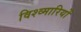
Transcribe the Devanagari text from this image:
विश्व्मारियों